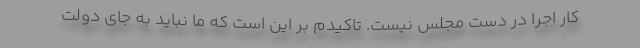
کار اجرا در دست مجلس نیست. تاکیدم بر این است که ما نباید به جای دولت